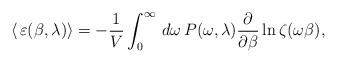
\begin{align*}\langle\,\varepsilon(\beta,\lambda)\rangle=-\frac{1}{V}\int_{0}^{\infty}\,d\omega\,P(\omega,\lambda)\frac{\partial}{\partial\beta}\ln\zeta(\omega\beta),\end{align*}